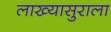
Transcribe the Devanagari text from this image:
लाख्यासुराला